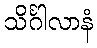
သိင်္ဂါလာနံ